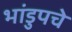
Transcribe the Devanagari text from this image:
भांडुपचे